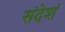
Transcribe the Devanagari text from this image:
संदेशं